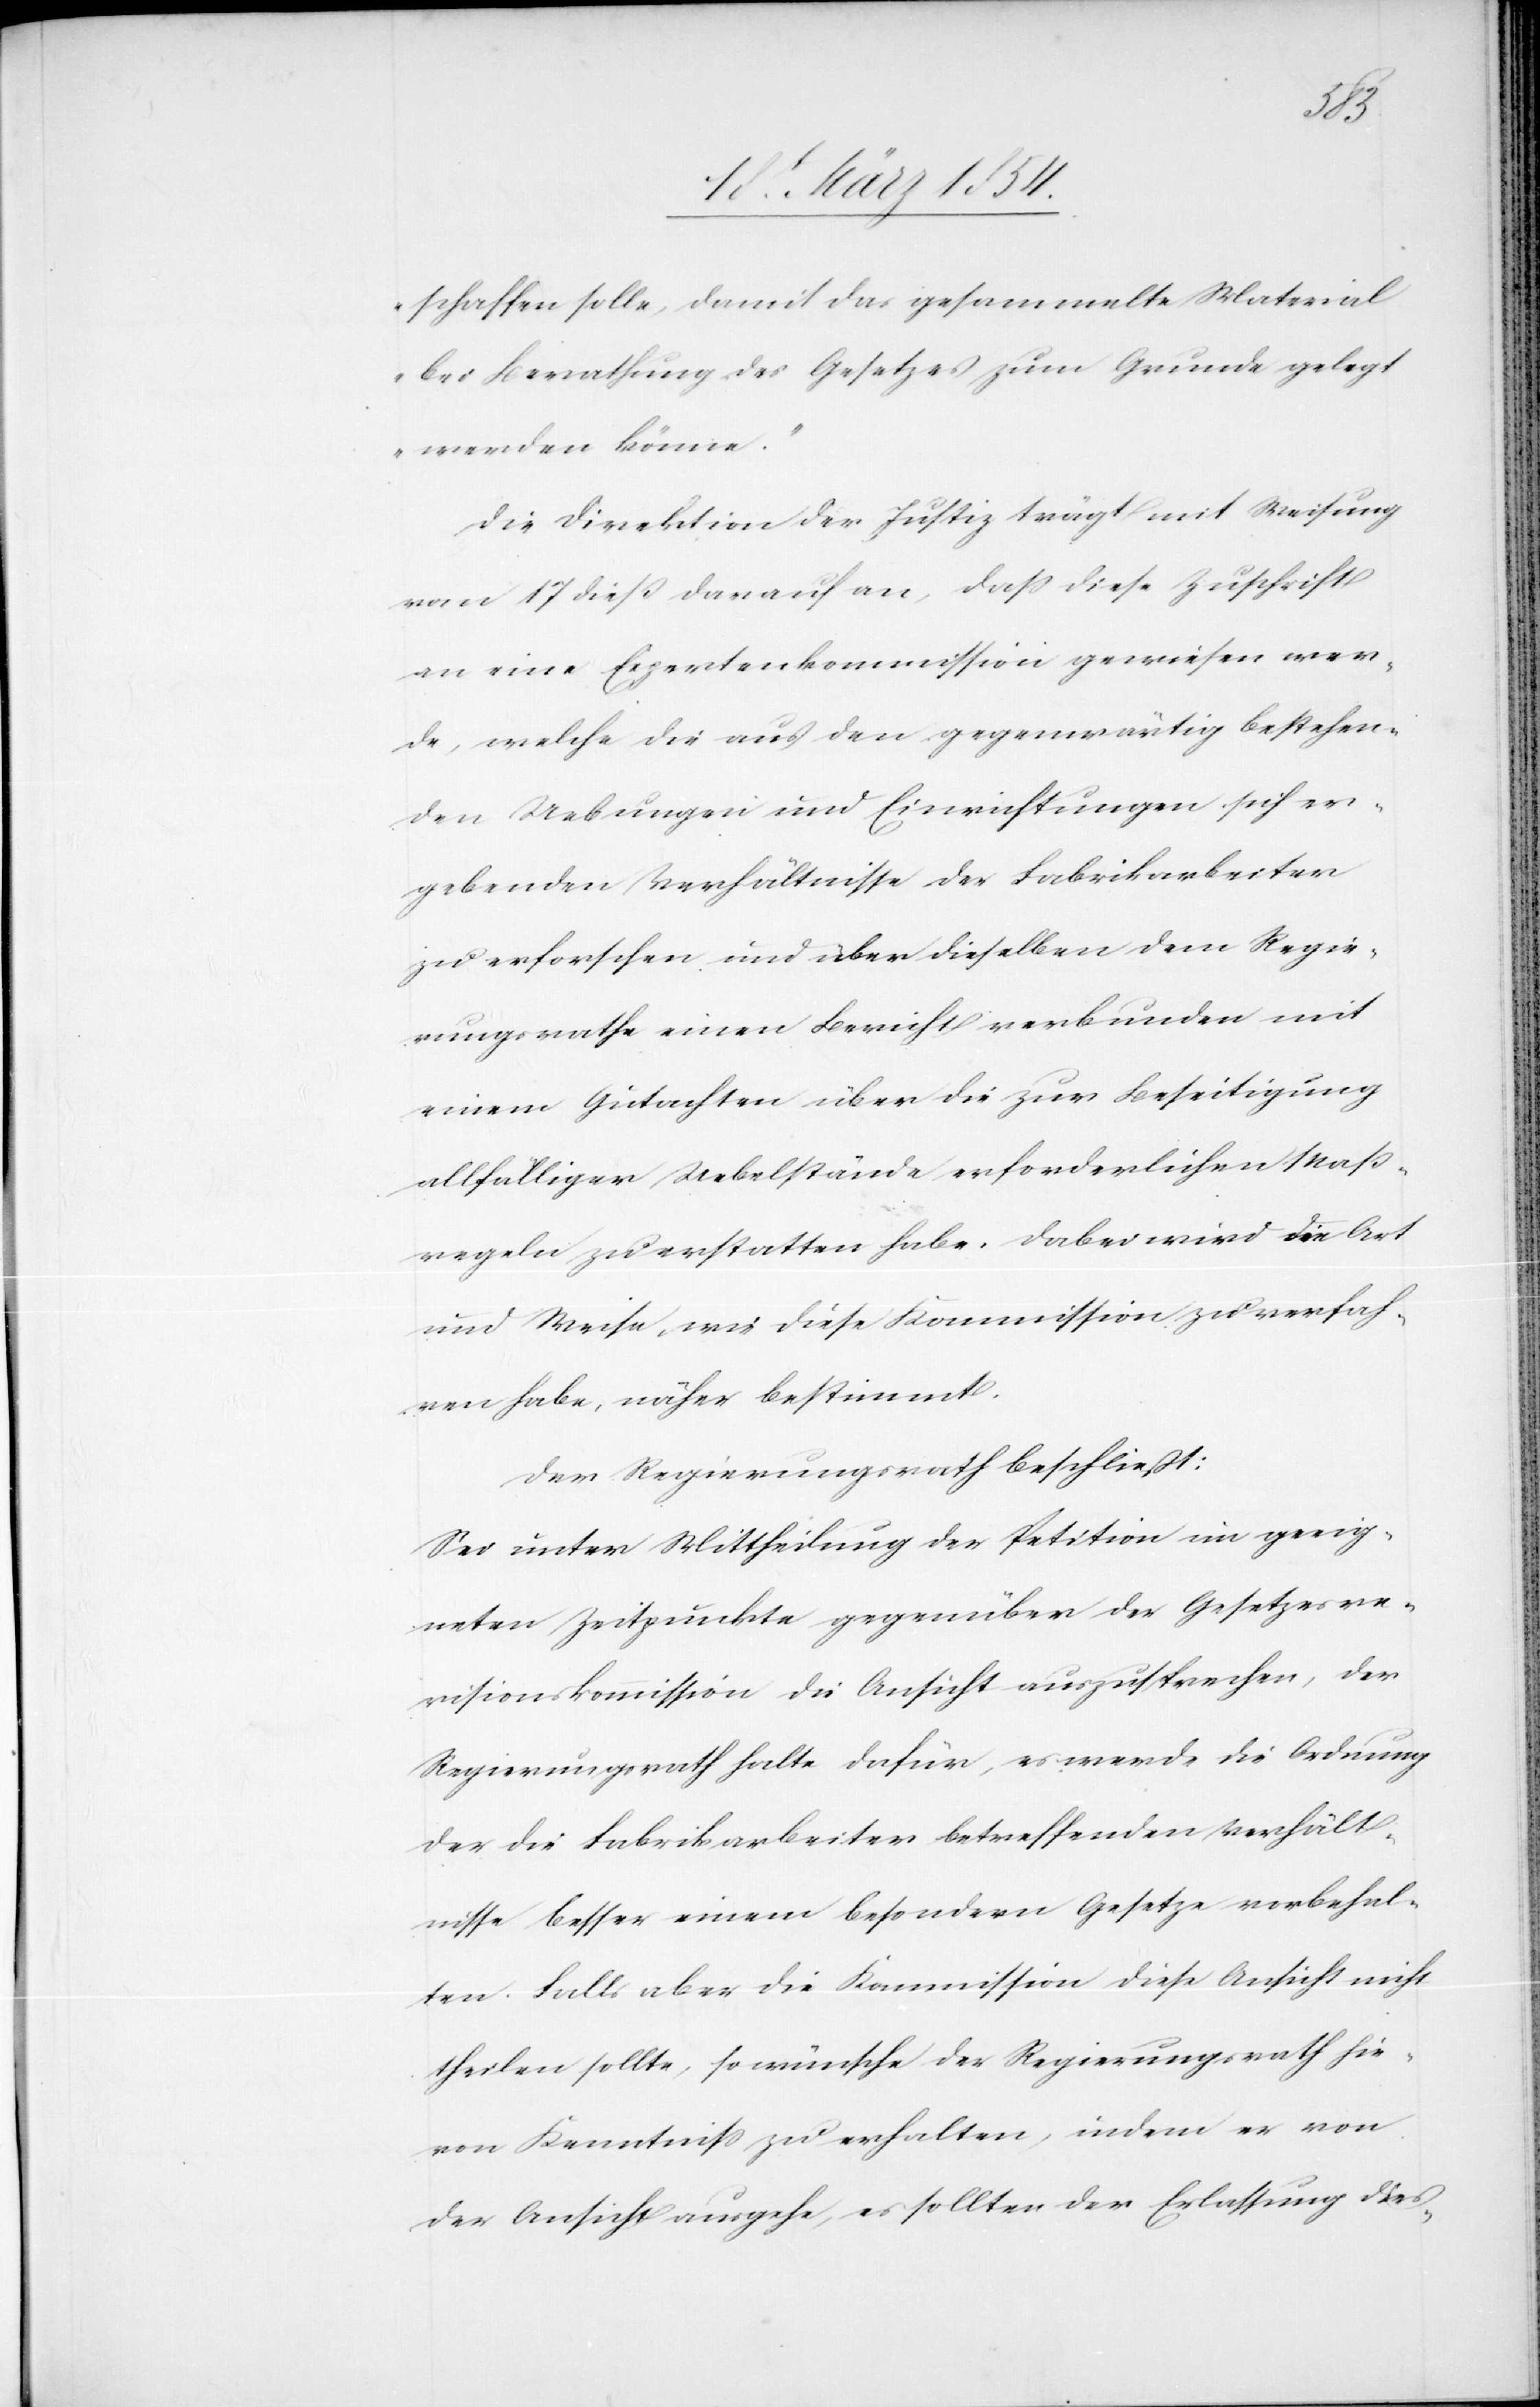
schaffen solle, damit das gesammelte Material
bei Berathung des Gesetzes zum Grunde gelegt
werden könne.“
Die Direktion der Justiz trägt mit Weisung
vom 17 dieß darauf an, daß diese Zuschrift
an eine Expertenkommission gewiesen wer¬
de, welche die aus den gegenwärtig bestehen¬
den Uebungen und Einrichtungen sich er¬
gebenden Verhältnisse der Fabrikarbeiter
zu erforschen und über dieselben dem Regie¬
rungsrathe einen Bericht verbunden mit
einem Gutachten über die zur Beseitigung
allfälliger Uebelstände erforderlichen Maß¬
regeln zu erstatten habe. Dabei wird die Art
und Weise, wie diese Kommission zu verfah¬
ren habe, näher bestimmt.
Der Regierungsrath beschließt:
Sei unter Mittheilung der Petition im geeig¬
neten Zeitpunkte gegenüber der Gesetzesre¬
visionskommission die Ansicht auszusprechen, der
Regierungsrath halte dafür, es werde die Ordnung
der die Fabrikarbeiter betreffenden Verhält¬
nisse besser einem besondern Gesetze vorbehal¬
ten. Falls aber die Kommission diese Ansicht nicht
theilen sollte, so wünsche der Regierungsrath hie¬
von Kenntniß zu erhalten, indem er von
der Ansicht ausgehe, es sollten der Erlassung dies-